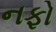
નફો